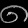
Digit: ၈